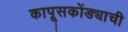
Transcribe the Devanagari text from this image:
कापूसकोंड्याची